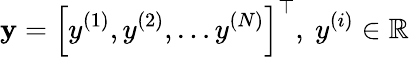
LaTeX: \mathbf{y}=\left[y^{(1)},y^{(2)},\ldots y^{(N)}\right]^{\top},\ {y}^{(i)}\in\mathbb{R}